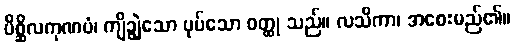
ပိစ္ဆိလကုဏပံ၊ ကျိချွဲသော ပုပ်သော ဝတ္ထု သည်။ လသိကာ၊ အစေးမည်၏။